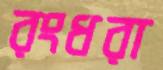
রংধরা